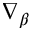
\nabla _ { \beta }